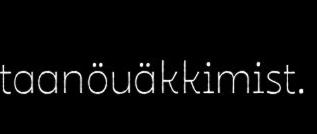
taanöuäkkimist.